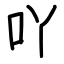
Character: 吖